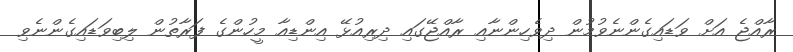
ރާއްޖެ އަށް ވަޑައިގެންނެވުމުން ދިވެހިންނާއި ރާއްޖޭގައި ދިރިއުޅޭ އިންޑިއާ މީހުންގެ ފަރާތުން ލިބިވަޑައިގެންނެވި